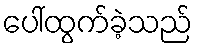
ပေါ်ထွက်ခဲ့သည်